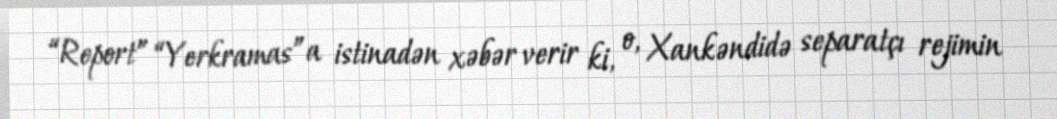
“Report” “Yerkramas”a istinadən xəbər verir ki, o, Xankəndidə separatçı rejimin